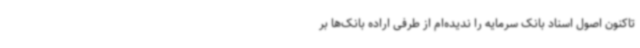
تاکنون اصول اسناد بانک سرمایه را ندیده‌ام از طرفی اراده بانک‌ها بر